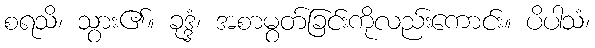
စရသိ၊ သွား၏။ ခုဒ္ဒံ၊ အစာမွတ်ခြင်းကိုလည်းကောင်း။ ပိပါသံ၊